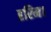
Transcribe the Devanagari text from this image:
हरिम।